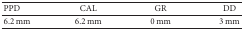
<table><thead><tr><td><b>PPD</b></td><td><b>CAL</b></td><td><b>GR</b></td><td><b>DD</b></td></tr></thead><tbody><tr><td>6.2 mm</td><td>6.2 mm </td><td>0 mm</td><td>3 mm</td></tr></tbody></table>